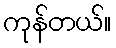
ကုန်တယ်။